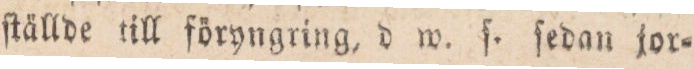
ſtällde till föryngring, d m. ſ. ſedan jor=